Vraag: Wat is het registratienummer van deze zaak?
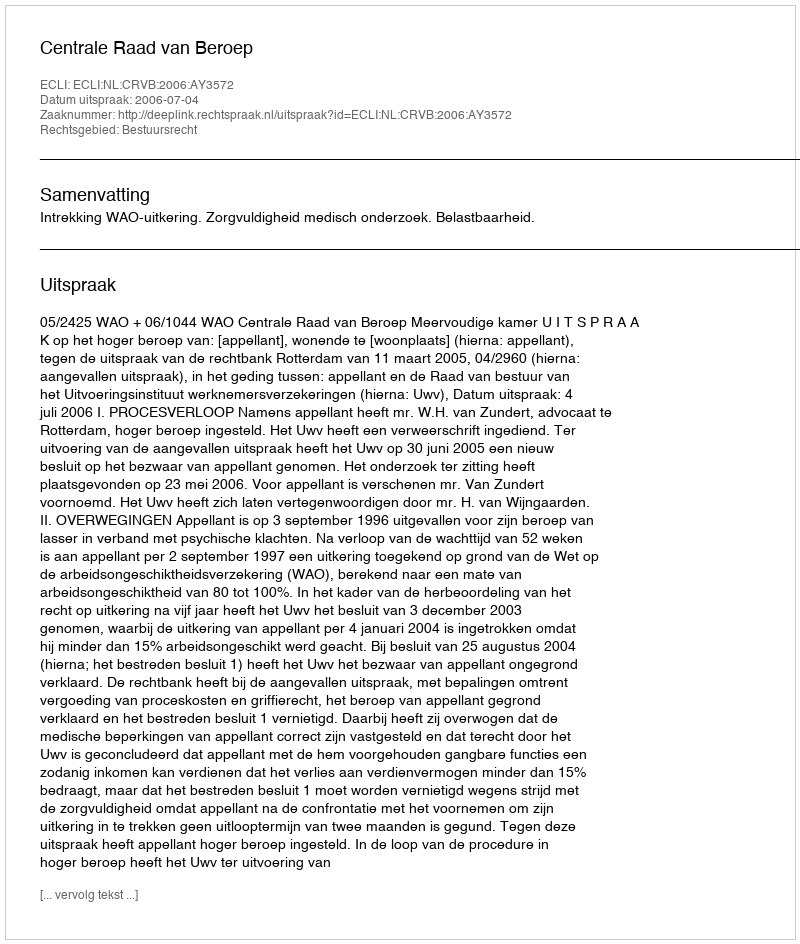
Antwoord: http://deeplink.rechtspraak.nl/uitspraak?id=ECLI:NL:CRVB:2006:AY3572